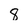
Character: 8